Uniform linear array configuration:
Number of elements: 48
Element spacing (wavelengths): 0.25
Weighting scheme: exponential
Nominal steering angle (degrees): -45
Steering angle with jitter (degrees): -44.579
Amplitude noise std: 0.05
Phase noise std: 0.05

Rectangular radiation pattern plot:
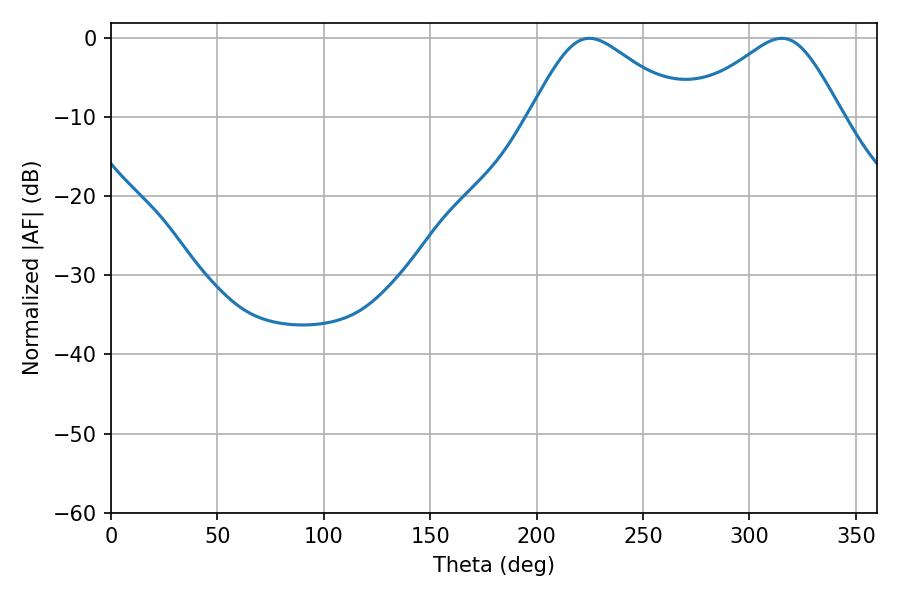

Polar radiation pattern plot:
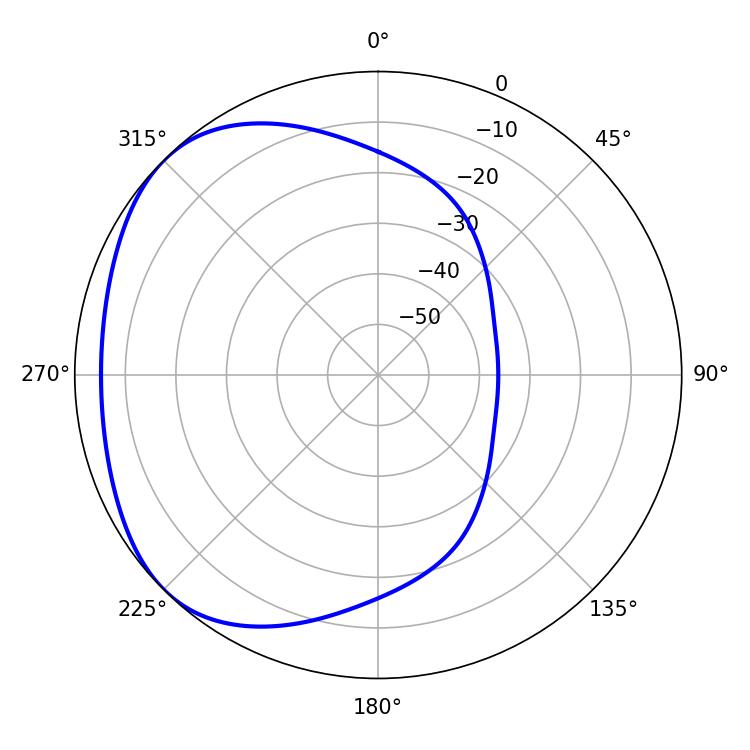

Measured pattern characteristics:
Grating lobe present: FALSE
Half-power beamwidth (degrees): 35.82
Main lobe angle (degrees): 224.82